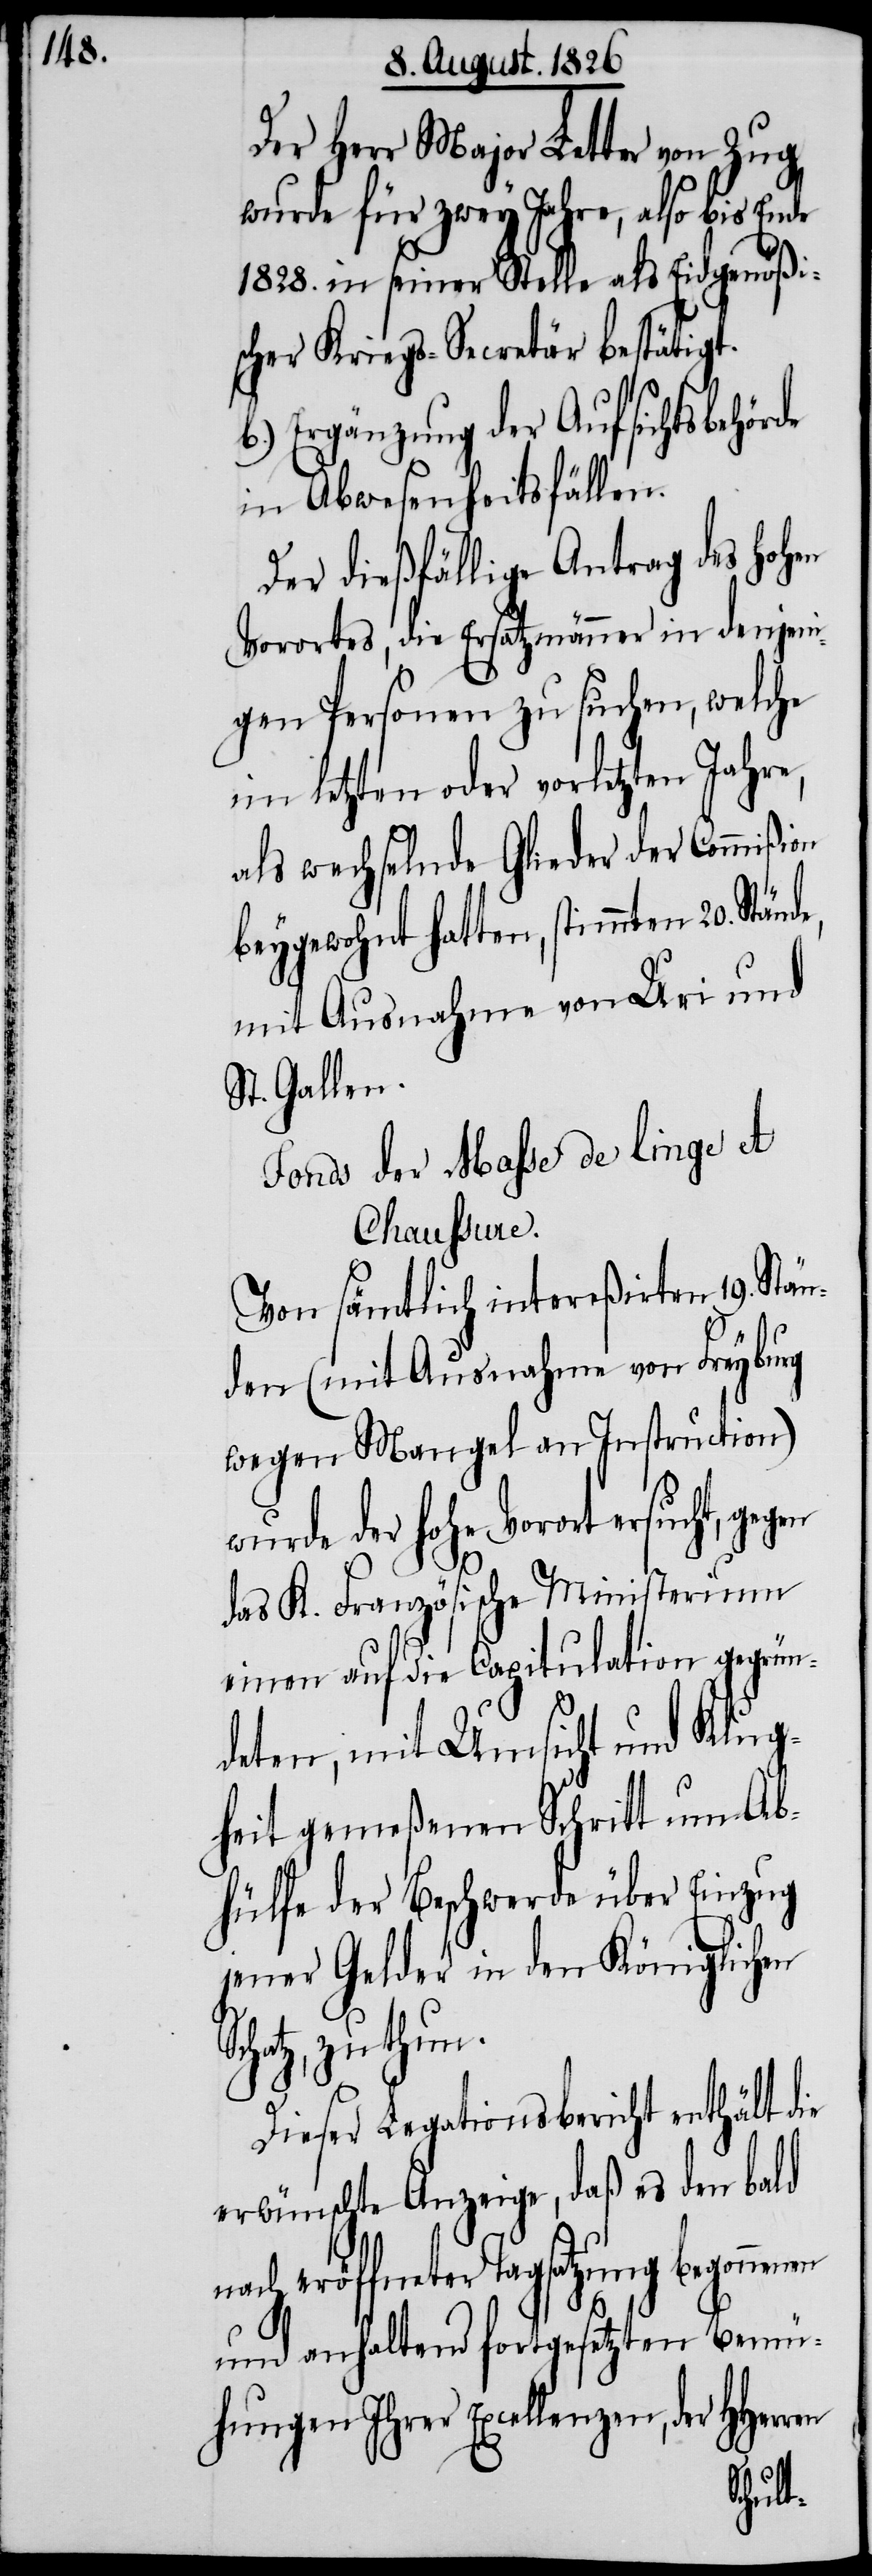
Der Herr Major Letter von Zug
wurde für zwey Jahre, also bis Ende
1828. in seiner Stelle als Eidgenößi¬
scher Kriegs-Secretär bestätigt.
b.) Ergänzung der Aufsichtsbehörde
in Abwesenheitsfällen.
Der dießfällige Antrag des hohen
Vorortes, die Ersatzmänner in denjeni¬
gen Personen zu suchen, welche
im letzten oder vorletzten Jahre,
als wechselnde Glieder der Commißion
beygewohnt hatten, stimmten 20.
mit Ausnahme von Uri und
St. Gallen.
Fonds der Masse de linge et
Chaussure.
Von sämtlichen intereßirten 19. Stän¬
den (mit Ausnahme von Freyburg
wegen Mangel an Instruction)
wurde der hohe Vorort ersucht,
das K. Französische Ministerium
einen auf die Capitulation gegrün¬
deten, mit Umsicht und Klug¬
heit gemeßenen Schritt um Ab¬
hülfe der Beschwerde über Einzug
jener Gelder in den Königlichen
Schatz, zu
Dieser Legationsbericht enthält die
erwünschte Anzeige, daß es den bald
nach eröffneter Tagsatzung begonnenen
und anhaltend fortgesetzten Bemü¬
hungen Ihrer Excellenzen, der